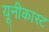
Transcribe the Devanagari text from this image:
यूनीकास्ट